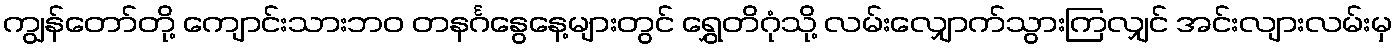
ကျွန်တော်တို့ ကျောင်းသားဘဝ တနင်္ဂနွေနေ့များတွင် ရွှေတိဂုံသို့ လမ်းလျှောက်သွားကြလျှင် အင်းလျားလမ်းမှ